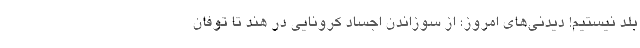
بلد نیستیم! دیدنی‌های امروز؛ از سوزاندن اجساد کرونایی در هند تا توفان